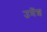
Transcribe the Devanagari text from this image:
उमेंश